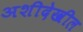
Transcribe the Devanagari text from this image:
अशीदेखील